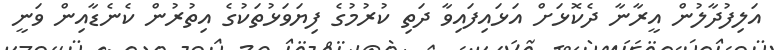
އަލިފުދާލުން އީރާނާ ދެކޮޅަށް އަޅައިފައިވާ ދަތި ކުރުމުގެ ފިޔަވަޅުތަކުގެ އިތުރުން ކެނެޑާއިން ވަނީ